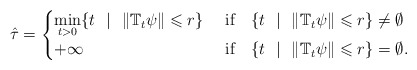
\begin{align*}\hat \tau=\begin{cases}\displaystyle\min_{t>0} \{t \ \ | \ \ \|\mathbb{T}_t\psi\|\leqslant r\} & \ \hbox{\rm if }\ \ \{t \ \ | \ \ \|\mathbb{T}_t\psi\|\leqslant r\}\neq \emptyset\\+\infty & \ \hbox{\rm if } \ \ \{t \ \ | \ \ \|\mathbb{T}_t\psi\|\leqslant r\} = \emptyset.\end{cases}\end{align*}